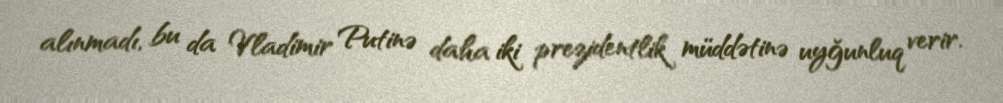
alınmadı, bu da Vladimir Putinə daha iki prezidentlik müddətinə uyğunluq verir.